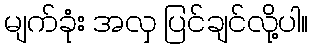
မျက်ခုံး အလှ ပြင်ချင်လို့ပါ။